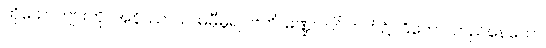
ထိုယောကျ်ားကို။ အနိဿာယ၊ မမှီမူ၍။ ဗဟိ၊ မဏ္ဍပ်ပြင်ဘက်၌။ ဌိတော၊ တည်နေသော